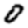
Digit: 0